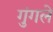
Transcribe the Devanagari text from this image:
गुंगले